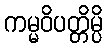
ကမ္မဝိပတ္တိမ္ပိ